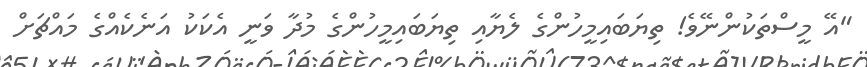
"އޭ މީސްތަކުންނޭވެ! ތިޔަބައިމީހުންގެ ލެޔާއި ތިޔަބައިމީހުންގެ މުދާ ވަނީ އެކަކު އަނެކެއްގެ މައްޗަށް